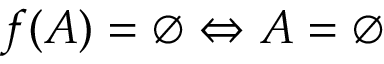
f ( A ) = \varnothing \Leftrightarrow A = \varnothing